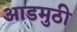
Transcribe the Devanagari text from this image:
आडमुठी